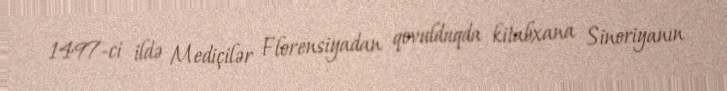
1497-ci ildə Mediçilər Florensiyadan qovulduqda kitabxana Sinoriyanın